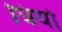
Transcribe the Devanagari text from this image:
घियो